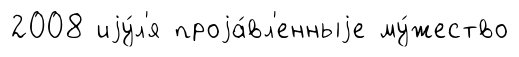
2008 иjу́л'я проjа́вл'енныjе му́жество